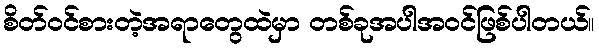
စိတ်ဝင်စားတဲ့အရာတွေထဲမှာ တစ်ခုအပါအဝင်ဖြစ်ပါတယ်။